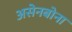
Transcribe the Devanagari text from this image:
असेनबोना